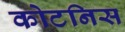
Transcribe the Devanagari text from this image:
कोटनिस